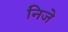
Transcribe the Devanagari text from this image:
निजे